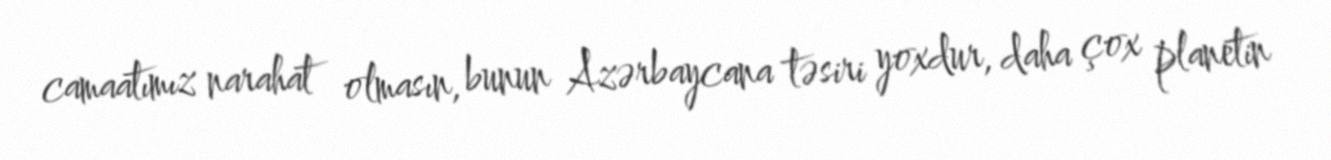
camaatımız narahat olmasın, bunun Azərbaycana təsiri yoxdur, daha çox planetin